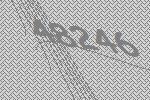
48246